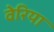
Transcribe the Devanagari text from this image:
वेरिया